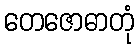
တေဇောဓာတုံ